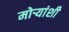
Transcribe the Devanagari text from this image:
मोर्‍यांशी